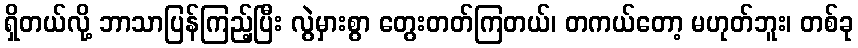
ရှိတယ်လို့ ဘာသာပြန်ကြည့်ပြီး လွဲမှားစွာ တွေးတတ်ကြတယ်၊ တကယ်တော့ မဟုတ်ဘူး၊ တစ်ခု